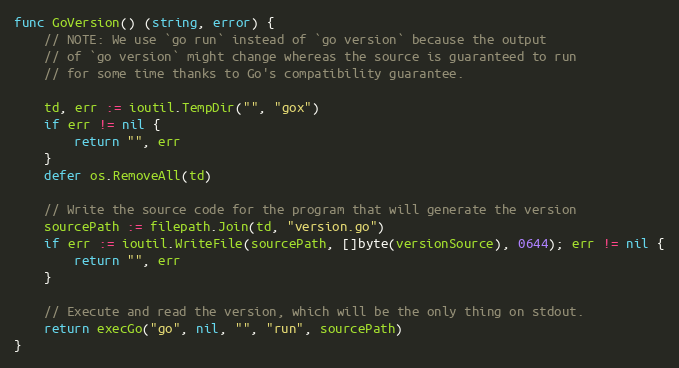
Language: Go
func GoVersion() (string, error) {
	// NOTE: We use `go run` instead of `go version` because the output
	// of `go version` might change whereas the source is guaranteed to run
	// for some time thanks to Go's compatibility guarantee.

	td, err := ioutil.TempDir("", "gox")
	if err != nil {
		return "", err
	}
	defer os.RemoveAll(td)

	// Write the source code for the program that will generate the version
	sourcePath := filepath.Join(td, "version.go")
	if err := ioutil.WriteFile(sourcePath, []byte(versionSource), 0644); err != nil {
		return "", err
	}

	// Execute and read the version, which will be the only thing on stdout.
	return execGo("go", nil, "", "run", sourcePath)
}